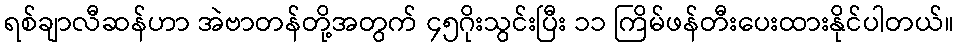
ရစ်ချာလီဆန်ဟာ အဲဗာတန်တို့အတွက် ၄၅ဂိုးသွင်းပြီး ၁၁ ကြိမ်ဖန်တီးပေးထားနိုင်ပါတယ်။